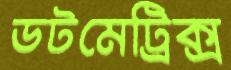
ডটমেট্রিক্স